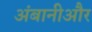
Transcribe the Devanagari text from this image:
अंबानीऔर